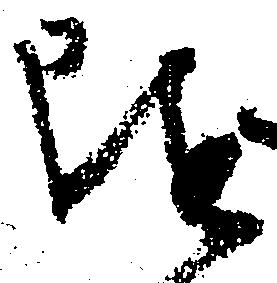
随